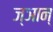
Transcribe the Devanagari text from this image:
ज्ञान्